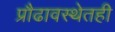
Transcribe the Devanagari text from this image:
प्रौढावस्थेतही